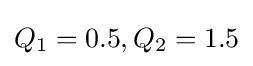
Q_{1}=0.5,Q_{2}=1.5